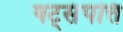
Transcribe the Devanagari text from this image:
षट्‌संपत्ति